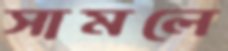
সামলে